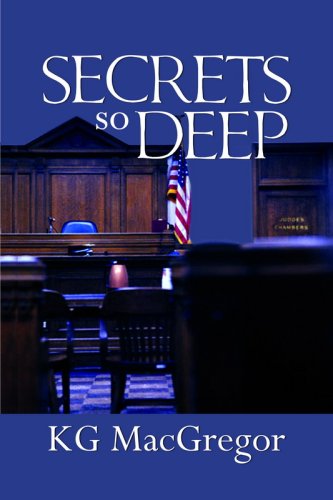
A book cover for Secrets So Deep; KG MacGregor; Gay & Lesbian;